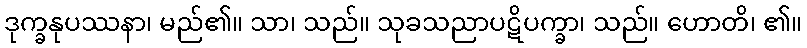
ဒုက္ခနုပဿနာ၊ မည်၏။ သာ၊ သည်။ သုခသညာပဋိပက္ခာ၊ သည်။ ဟောတိ၊ ၏။